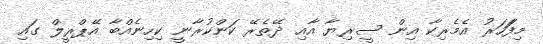
މިފަަހަރު އެމެެރިކާ އިން ސީރިޔާ އާއި ދޭތެރޭ ކަންކުރާނީ ކިހިނެއްބާ އޭޕްރީލް ގައި